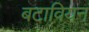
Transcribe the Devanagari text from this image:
बटावियन